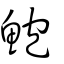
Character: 鮑